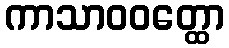
ကာသာဝဝတ္ထော